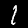
Label: 1